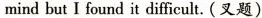
mind but I found it difficult.(叉题)